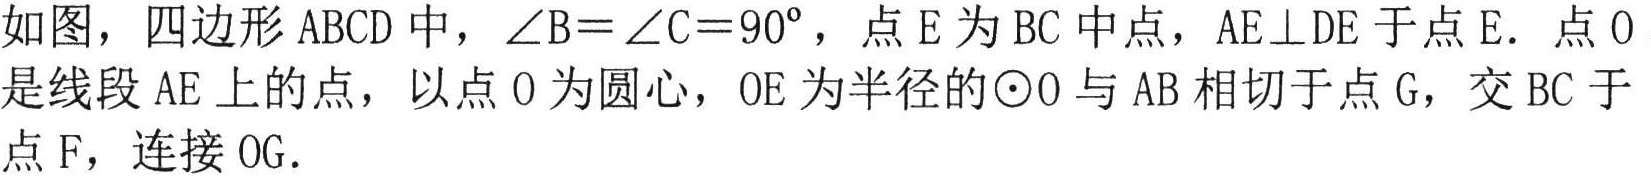
如图，四边形 \(ABCD\) 中，\(\angle B = \angle C = 90^{\circ}\)，点 \(E\) 为 \(BC\) 中点，\(AE\perp DE\) 于点 \(E\). 点 \(O\) 是线段 \(AE\) 上的点，以点 \(O\) 为圆心，\(OE\) 为半径的\(\odot O\) 与 \(AB\) 相切于点 \(G\)，交 \(BC\) 于点 \(F\)，连接 \(OG\).